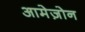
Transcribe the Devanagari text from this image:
आमेज़ोन